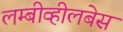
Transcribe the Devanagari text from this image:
लम्बीव्हीलबेस